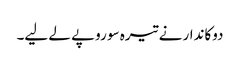
دوکاندار نے تیرہ سو روپے لے لیے۔